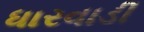
ધારવાડી